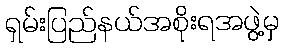
ရှမ်းပြည်နယ်အစိုးရအဖွဲ့မှ